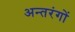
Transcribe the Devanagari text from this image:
अन्तरंगों